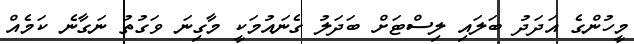
މީހުންގެ އަދަދު ބަލައި ލިސްޓަށް ބަދަލު ގެނައުމަކީ މާގިނަ ވަގުތު ނަގާނެ ކަމެއް